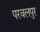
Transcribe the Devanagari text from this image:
परवलपुर